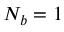
N _ { b } = 1